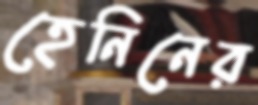
হেনিনের